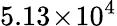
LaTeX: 5.13\! \times\! 10^{4}